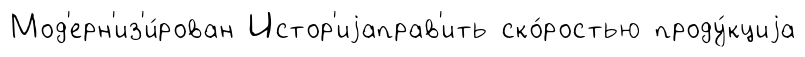
Мод'ерн'из'и́рован Истор'иjаправ'ить ско́ростью проду́кциjа